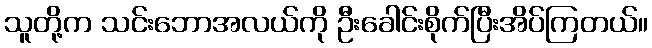
သူတို့က သင်းဘောအလယ်ကို ဦးခေါင်းစိုက်ပြီးအိပ်ကြတယ်။